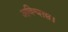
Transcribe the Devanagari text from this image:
अविश्वास।